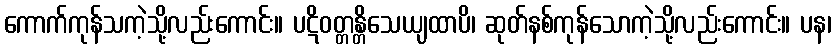
ကောက်ကုန်သကဲ့သို့လည်းကောင်း။ ပဋိဝတ္တန္တိသေယျထာပိ၊ ဆုတ်နစ်ကုန်သောကဲ့သို့လည်းကောင်း။ ပန၊